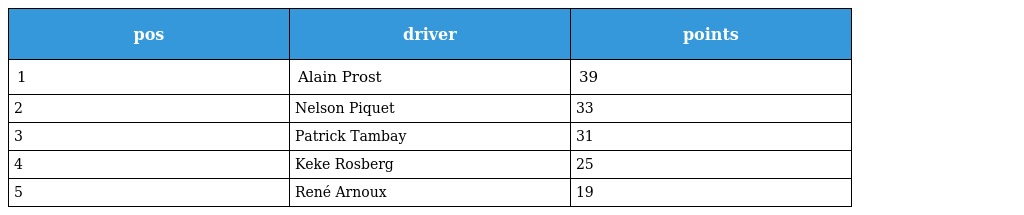
| pos | driver | points |
 | --- | --- | --- |
 | 1 | Alain Prost | 39 |
 | 2 | Nelson Piquet | 33 |
 | 3 | Patrick Tambay | 31 |
 | 4 | Keke Rosberg | 25 |
 | 5 | René Arnoux | 19 |